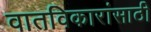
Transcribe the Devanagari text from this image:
वातविकारांसाठी